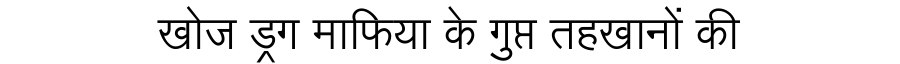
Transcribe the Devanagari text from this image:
खोज ड्रग माफिया के गुप्त तहखानों की